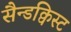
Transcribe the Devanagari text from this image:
सैन्डक्विस्ट